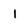
Character: 1